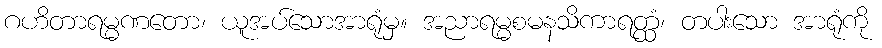
ဂဟိတာရမ္မဏတော၊ ယူအပ်သောအာရုံမှ။ အညာရမ္မစမနသိကာရတ္ထံ၊ တပါးသော အာရုံကို